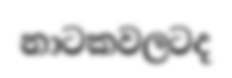
නාටකවලටද